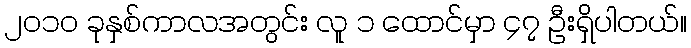
၂၀၁၀ ခုနှစ်ကာလအတွင်း လူ ၁ ထောင်မှာ ၄၇ ဦးရှိပါတယ်။